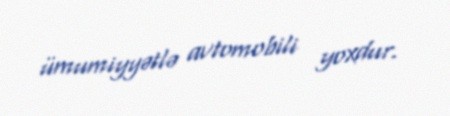
ümumiyyətlə avtomobili yoxdur.